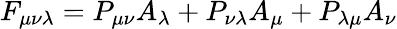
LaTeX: F_{\mu\nu\lambda}=P_{\mu\nu}A_{\lambda}+P_{\nu\lambda}A_{\mu}+P_{\lambda\mu}A_{\nu}